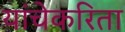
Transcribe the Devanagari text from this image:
यांचेकरिता